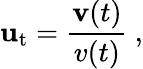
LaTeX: \mathbf{u}_{\mathrm{t}}={\frac{\mathbf{v}(t)}{v(t)}}\ ,